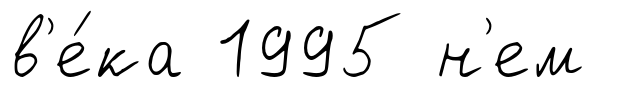
в'е́ка 1995 н'ем